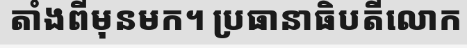
តាំងពីមុនមក។ ប្រធានាធិបតីលោក